Vaccine operations Central Provinces 1900-1911 - 1900-1911
Year: 1900
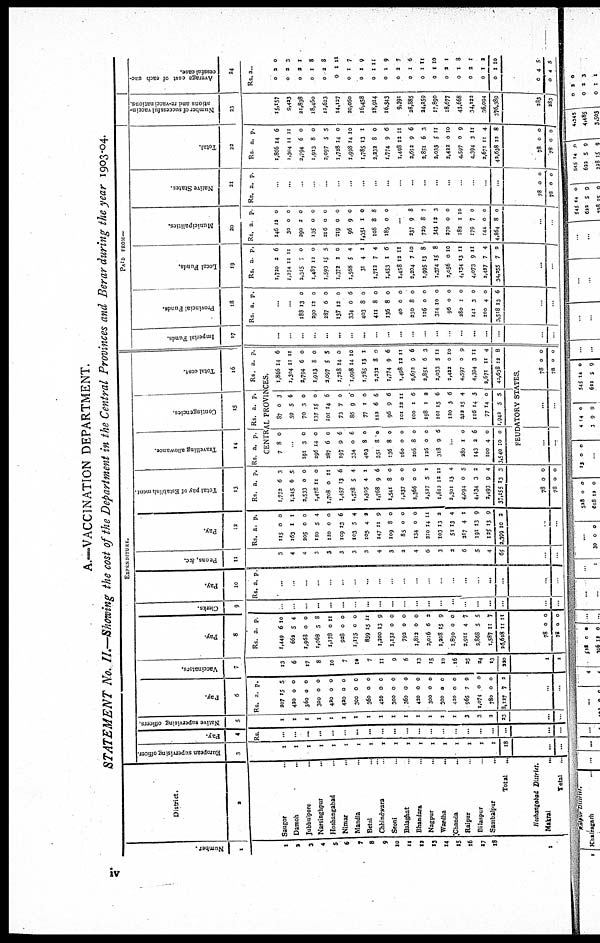
A.—VACCINATION DEPARTMENT.
STATEMENT No. II.—Showing the cost of the Department in the Central Provinces and Berar during the year 1903-04.
Number.
1
1
2
3
4
5
6
7
8
9
10
11
12
13
14
15
16
17
18
1
District.
2
Saugor ...
Damoh ...
Jubbulpore ...
Narsinghpur ...
Hoshangabad ...
Nimar ...
Mandla ...
Betul ...
Chhindwara ...
Seoni ...
Balaghat ...
Bhandara ...
Nagpur ...
Wardha ...
Chanda ...
Raipur ...
Bilaspur ...
Sambalpur ...
Total
...
Hoshangabad District.
Makrai ...
Total
...
EXPENDITURE.
European supervising officer.
3
1
1
1
1
1
1
1
1
1
1
1
1
1
1
1
1
1
1
18
...
...
Pay.
4
Rs.
...
...
...
...
...
...
...
...
...
...
...
...
...
...
...
...
...
...
...
...
...
Native supervising officers.
5
1
1
1
1
1
1
1
1
1
1
1
1
1
1
1
3
3
2
23
...
...
Pay.
6
Rs.
207
420
360
300
420
420
300
360
420
300
360
420
300
300
420
965
1,074
780
8,127
a.
15
0
0
0
0
0
0
0
0
0
0
0
0
0
0
7
0
0
7
p.
5
0
0
0
0
0
0
0
0
0
0
0
0
0
0
9
0
0
2
...
...
Vaccinators.
7
13
6
17
8
10
7
10
7
11
9
6
13
15
10
16
25
24
13
220
1
1
Pay.
8
Rs.
1,449
662
1,968
1,068
1,178
928
1,175
839
1,200
1,132
792
1,812
2,016
1,208
1,830
2,911
2,868
1,587
26,628
78
78
a.
6
5
0
5
0
0
0
15
13
0
0
0
6
15
0
4
5
11
11
0
0
p
10
4
0
8
11
0
0
11
9
0
0
0
2
9
0
7
5
7
11
0
0
Clerks.
9
...
...
...
...
...
...
...
...
...
...
...
...
...
...
...
...
...
...
...
...
...
Pay.
10
Rs. a. p.
...
...
...
...
...
...
...
...
...
...
...
...
...
...
...
...
...
...
...
...
...
Peons, &c.
11
3
4
4
3
3
3
3
3
4
3
2
4
6
3
2
5
5
4
65
...
...
Pay.
12
Rs.
115
163
205
110
110
109
103
105
147
109
85
134
210
103
51
217
191
125
2,399
a.
0
1
0
5
0
13
5
4
11
8
0
0
14
13
13
4
13
13
10
p.
0
1
0
4
0
6
4
2
9
0
0
0
11
2
4
1
9
9
2
...
...
Total pay of Establishment.
13
Rs.
1,772
1,245
2,533
1,478
1,708
1,457
1,578
1,305
1,768
1,541
1,237
2,366
2,527
1,612
2,301
4,094
4,134
2,493
37,155
78
78
a.
6
6
0
11
0
13
5
4
9
8
0
0
5
12
13
0
3
9
13
0
0
p.
3
5
0
0
11
6
4
1
6
0
0
0
1
11
4
5
2
4
3
0
0
Travelling allowance.
14
Rs. a. p
Contingencies
15
Rs. a. p.
Total cost
16
Rs. a. p
CENTRAL PROVINCES.
7 8 0
...
191
296
287
197
334
403
351
136
160
206
126
318
3
14
6
9
0
8
8
8
0
8
0
9
0
0
0
6
6
0
0
0
0
0
0
6
...
280
143
100
3,540
1
2
4
10
0
6
0
0
87
59
70
137
101
73
86
77
112
96
101
100
198
101
120
222
116
77
1,942
0
5
3
15
14
7
9
1
6
9
12
1
1
15
3
15
14
14
5
3
6
0
0
6
0
0
0
6
6
11
6
2
6
6
4
3
0
5
1,866
1,304
2,794
1,913
2,097
1,728
1,998
1,785
2,232
1,774
1,498
2,672
3,851
2,033
3,422
4,597
4,394
2,671
42,638
14
11
6
8
5
14
14
13
8
9
12
9
6
5
0
0
3
11
12
6
11
0
0
5
0
10
1
0
6
11
6
3
11
10
9
11
4
8
FEUDATORY STATES.
...
...
...
...
78
78
0
0
0
0
PAID FROM—
Imperial Funds.
17
...
...
...
...
...
...
...
...
...
...
...
...
...
...
...
...
...
...
...
...
...
Provincial Funds.
18
Rs. a. p.
...
...
188
290
287
137
334
403
411
136
40
330
126
314
96
280
141
100
3,518
13
12
6
12
0
8
8
8
0
8
0
10
0
1
3
4
13
0
0
0
0
6
0
0
0
0
0
0
0
0
0
0
0
6
...
...
Local Funds.
19
Rs.
1,720
1,274
2,315
1,487
1,593
1,372
1,568
31
1,712
1,453
1,458
2,204
1,995
1,374
2,056
4,134
4,073
3,427
34,255
a.
2
11
7
12
15
2
5
4
7
1
12
7
13
15
0
13
9
7
7
p.
6
11
0
0
5
0
4
1
4
6
11
10
8
8
10
11
11
4
3
...
...
Municipalities.
20
Rs.
146
30
290
135
216
219
96
1,351
108
185
a.
12
0
2
0
0
0
9
1
8
0
p.
0
0
0
0
0
0
0
0
8
0
...
237
729
343
270
182
179
144
4,864
9
8
12
0
1
7
0
8
8
7
3
0
10
0
0
0
...
...
Native States.
21
Rs. a. p
...
...
...
...
...
...
...
..
...
...
...
...
...
...
...
...
...
...
...
78
78
0
0
0
0
Total.
22
Rs
1,866
1,304
2,794
1,913
2,097
1,728
1,998
1,785
2,232
1,774
1,498
2,672
2,851
2,033
2,422
4,597
4,394
2,671
43,638
78
78
a.
14
11
6
8
5
14
14
13
8
9
12
9
6
5
0
0
3
11
12
0
0
p.
6
11
0
0
5
0
10
I
0
6
11
6
3
11
10
9
11
4
8
0
0
Number of successful vaccin-
ations and re-vaccinations.
23
15,157
9,423
21,838
18,460
12,623
14,127
20,060
16,458
18,914
16,343
9,391
28,885
24,259
17,890
18,677
43,668
34,122
36,094
376,389
283
283
Average cost of each suc-
cessful case.
24
Rs
0
0
0
0
0
0
0
0
0
0
0
0
0
0
0
0
0
0
0
0
0
a.
2
2
2
1
2
1
1
1
1
1
2
1
1
1
2
1
2
1
1
4
4
0
3
1
8
8
11
7
9
11
9
7
6
11
10
1
8
1
2
10
5
5
iv